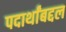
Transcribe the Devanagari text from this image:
पदार्थांबद्दल